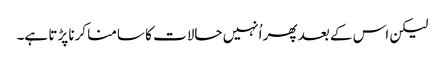
لیکن اس کے بعد پھر اُنہیں حالات کا سامنا کرنا پڑتا ہے۔